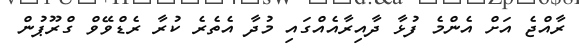
ރާއްޖެ އަށް އެންމެ ފުޅާ ދާއިރާއެއްގައި މުދާ އެތެރެ ކުރާ ރެޑްވޭވް ގްރޫޕުން